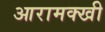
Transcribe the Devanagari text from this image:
आरामक्खी